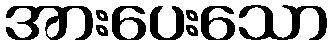
အားပေးသော